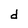
Character: d